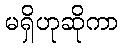
မရှိဟုဆိုကာ